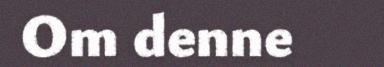
Om denne